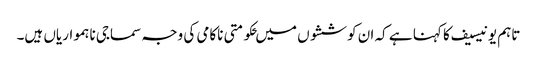
تاہم یونیسیف کا کہنا ہے کہ ان کوششوں میں ‍حکومتی ناکامی کی وجہ سماجی ناہمواریاں ہیں۔